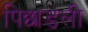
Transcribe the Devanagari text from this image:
पिछाडली